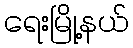
ရေးမြို့နယ်